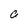
Character: C